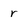
Character: r